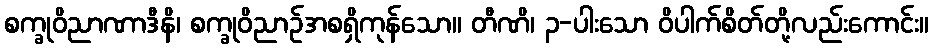
စက္ခုဝိညာဏာဒီနိ၊ စက္ခုဝိညာဉ်အစရှိကုန်သော။ တီဏိ၊ ၃-ပါးသော ဝိပါက်စိတ်တို့လည်းကောင်း။